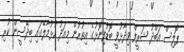
ޕޮލިސް އަބްދު ޝަރީފް ވިދާޅުވީ ބޮޑުފިނޮޅުގެ އިތުރުން މިއަދު ހުޅުމާލޭގައި ބިދޭސީން ކުރި